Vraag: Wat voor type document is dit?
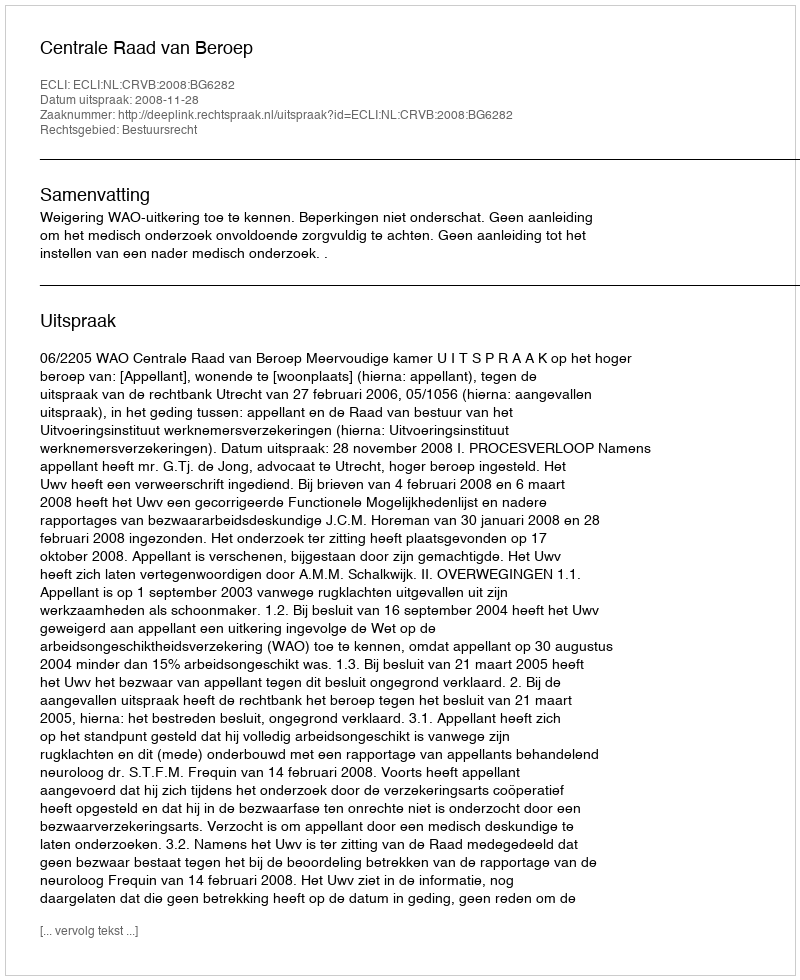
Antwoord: Uitspraak